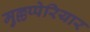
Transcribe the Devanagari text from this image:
मुल्लप्पेरियार